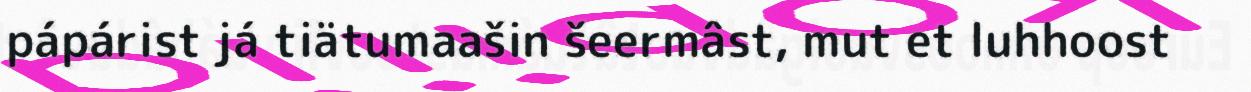
pápárist já tiätumaašin šeermâst, mut et luhhoost